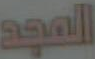
المجد